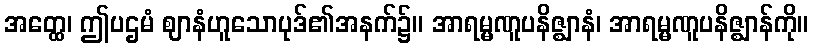
အတ္ထေ၊ ဤပဌမံ ဈာနံဟူသောပုဒ်၏အနက်၌။ အာရမ္မဏူပနိဇ္ဈာနံ၊ အာရမ္မဏူပနိဇ္ဈာန်ကို။